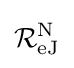
{\mathcal {R}}_{\mathrm {eJ} }^{\mathrm {N} }